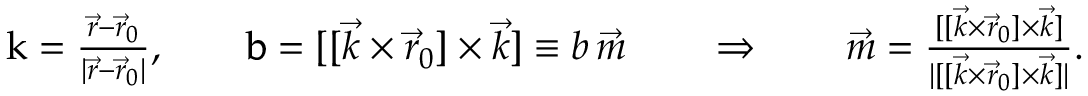
\begin{array} { r } { \boldsymbol { \mathrm { k } } = \frac { \vec { r } - \vec { r } _ { 0 } } { | \vec { r } - \vec { r } _ { 0 } | } , \qquad \boldsymbol { \mathrm { b } } = [ [ { \vec { k } } \times { \vec { r } } _ { 0 } ] \times { \vec { k } } ] \equiv b \, \vec { m } \qquad \Rightarrow \qquad \vec { m } = \frac { [ [ { \vec { k } } \times { \vec { r } } _ { 0 } ] \times { \vec { k } } ] } { | [ [ { \vec { k } } \times { \vec { r } } _ { 0 } ] \times { \vec { k } } ] | } . } \end{array}